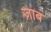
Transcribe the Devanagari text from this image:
ज़ाब